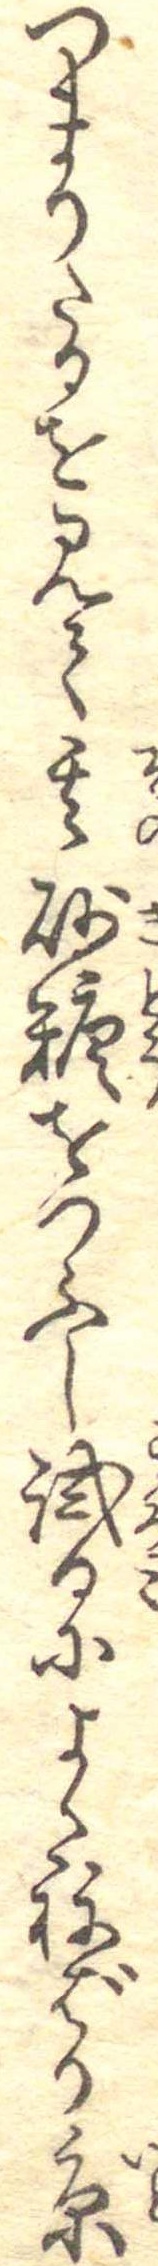
つまりたるを見て其砂糖をつふし試るによくねばり糸